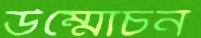
উম্মোচন